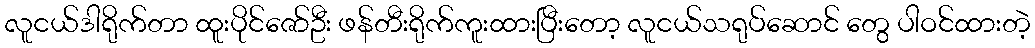
လူငယ်ဒါရိုက်တာ ထူးပိုင်ဇော်ဦး ဖန်တီးရိုက်ကူးထားပြီးတော့ လူငယ်သရုပ်ဆောင် တွေ ပါဝင်ထားတဲ့